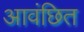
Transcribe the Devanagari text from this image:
आवंछित